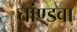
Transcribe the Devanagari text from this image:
तांण्डवा